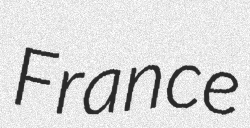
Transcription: France